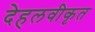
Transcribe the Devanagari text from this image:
देहलवीकृत